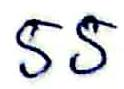
55